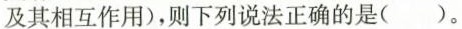
及其相互作用)，则下列说法正确的是()。